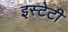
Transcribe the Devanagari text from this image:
इस्टेटी